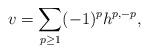
LaTeX: \begin{align*}v = \sum_{p \geq 1} (-1)^p h^{p,-p},\end{align*}